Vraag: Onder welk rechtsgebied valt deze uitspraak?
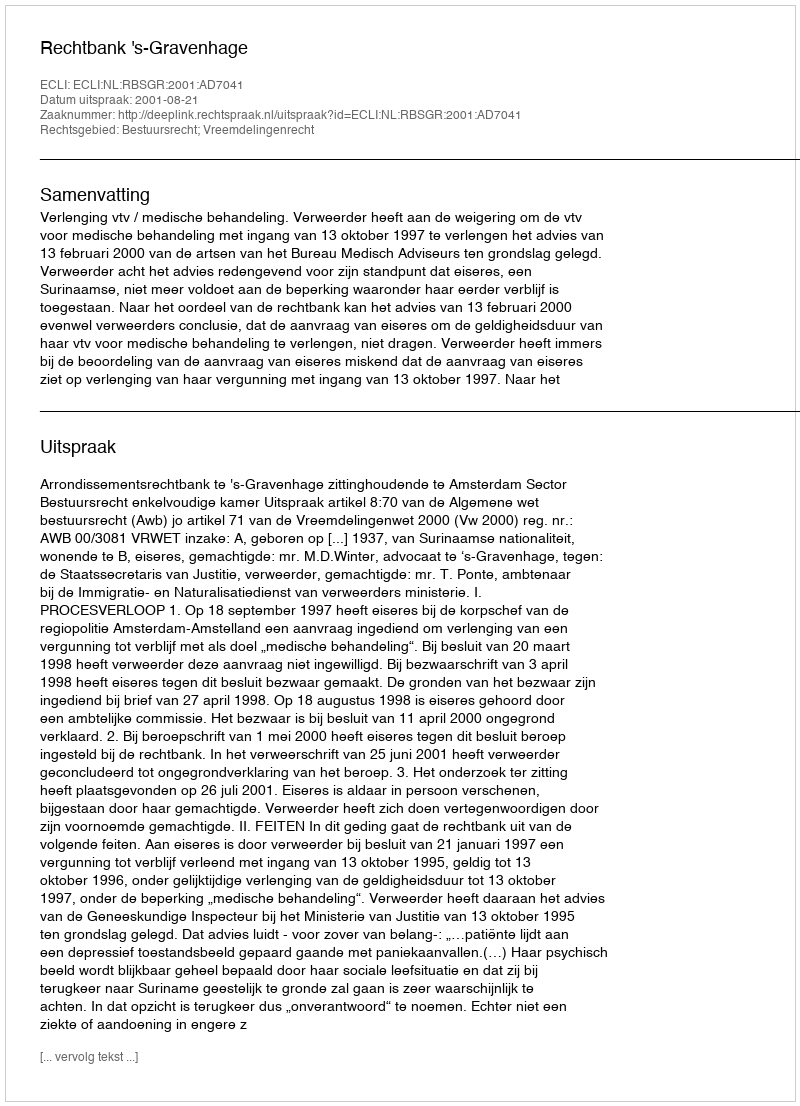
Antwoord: Bestuursrecht; Vreemdelingenrecht